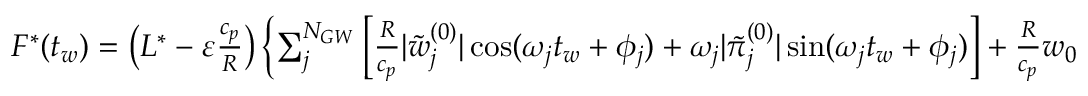
\begin{array} { r } { F ^ { * } ( t _ { w } ) = \left( L ^ { * } - { \varepsilon } \frac { c _ { p } } { R } \right) \left\{ \sum _ { j } ^ { N _ { G W } } \left[ \frac { R } { c _ { p } } | \tilde { w } _ { j } ^ { ( 0 ) } | \cos ( \omega _ { j } t _ { w } + \phi _ { j } ) + \omega _ { j } | \tilde { \pi } _ { j } ^ { ( 0 ) } | \sin ( \omega _ { j } t _ { w } + \phi _ { j } ) \right] + \frac { R } { c _ { p } } w _ { 0 0 } \right\} } \end{array}